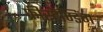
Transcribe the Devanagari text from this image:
फ्रीस्टैण्डिंग